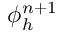
\phi _ { h } ^ { n + 1 }